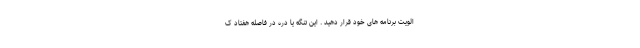
الویت برنامه های خود قرار دهید . این تنگه یا دره در فاصله هفتاد ک